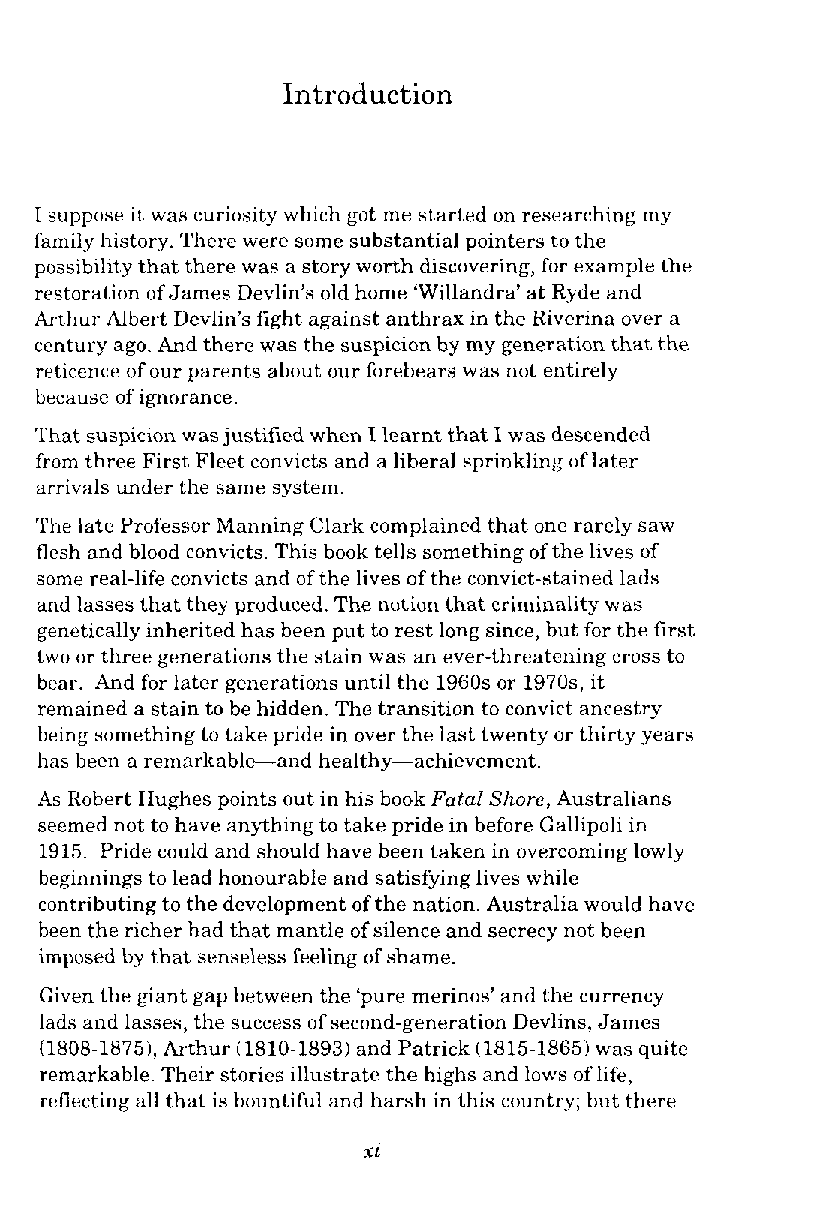
Introduction
 I suppose it was curiosity which got me started on researching my
 family history. There were some substantial pointers to the
 possibility that there was a story worth discovering, for example the
 restoration of James Devlin's old home 'Willandra' at Ryde and
 Arthur Albert Devlin's fight against anthrax in the Riverina over a
 century ago. And there was the suspicion by my generation that the
 reticence of our parents about our forebears was not entirely
 because of ignorance.
 That suspicion was justified when I learnt that I was descended
 from three First Fleet convicts and a liberal sprinkling of later
 arrivals under the same system.
 The late Professor Manning Clark complained that one rarely saw
 flesh and blood convicts. This book tells something of the lives of
 some real-life convicts and of the lives of the convict-stained lads
 and lasses that they produced. The notion that criminality was
 genetically inherited has been put to rest long since, but for the first
 two or three generations the stain was an ever-threatening cross to
 bear. And for later generations until the 1960s or 1970s, it
 remained a stain to be hidden. The transition to convict ancestry
 being something to take pride in over the last twenty or thirty years
 has been a remarkableand healthy-achievement.
 As Robert Hughes points out in his book Fatal Shore, Australians
 seemed not to have anything to take pride in before Gallipoli in
 1915. Pride could and should have been taken in overcoming lowly
 begmnings to lead honourable and satisfying lives while
 contributing to the development of the nation. Australia would have
 been the richer had that mantle of silence and secrecy not been
 imposed by that senseless feeling of shame.
 Given the giant gap between the 'pure merinos' and the currency
 lads and lasses, the success of second-generation Devlins, James
 (1808-1875),A rthur (1810-1893) and Patrick (1815-1865) was quite
 remarkable. Thcir stories illustrate the highs and lows of life,
 reflecting all that is bountiful and harsh in this country; but there